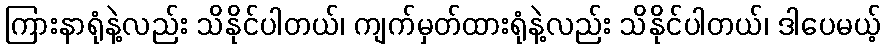
ကြားနာရုံနဲ့လည်း သိနိုင်ပါတယ်၊ ကျက်မှတ်ထားရုံနဲ့လည်း သိနိုင်ပါတယ်၊ ဒါပေမယ့်